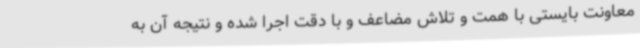
معاونت بایستی با همت و تلاش مضاعف و با دقت اجرا شده و نتیجه آن به